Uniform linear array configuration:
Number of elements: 24
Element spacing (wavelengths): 0.5
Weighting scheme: kaiser
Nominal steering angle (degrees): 60
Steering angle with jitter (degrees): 61.008
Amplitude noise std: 0.05
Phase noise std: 0.05

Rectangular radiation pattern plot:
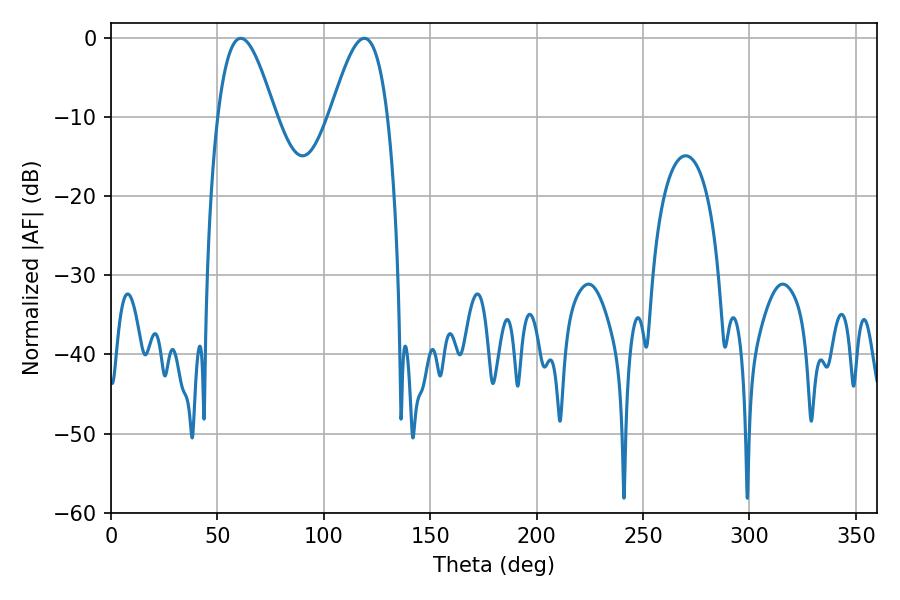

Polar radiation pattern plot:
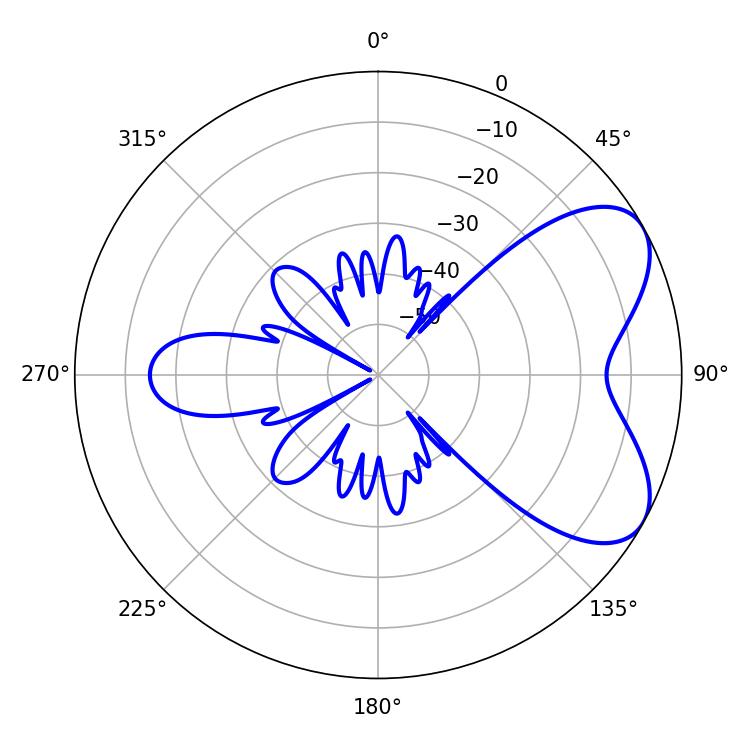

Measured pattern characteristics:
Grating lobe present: FALSE
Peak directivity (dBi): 6.088
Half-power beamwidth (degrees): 14.58
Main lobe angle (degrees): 61.02